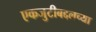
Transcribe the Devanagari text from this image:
एकजुटीबद्दलच्या